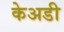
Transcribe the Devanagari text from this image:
केअडी